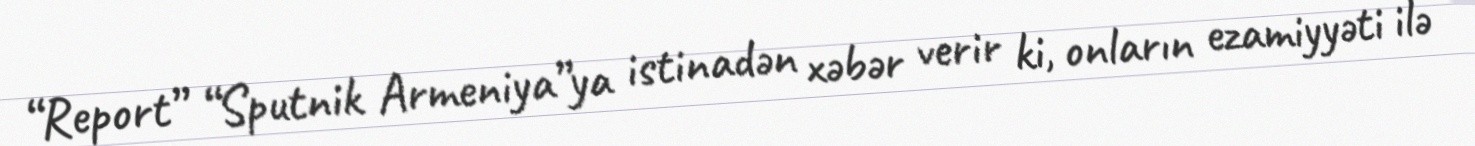
“Report” “Sputnik Armeniya”ya istinadən xəbər verir ki, onların ezamiyyəti ilə